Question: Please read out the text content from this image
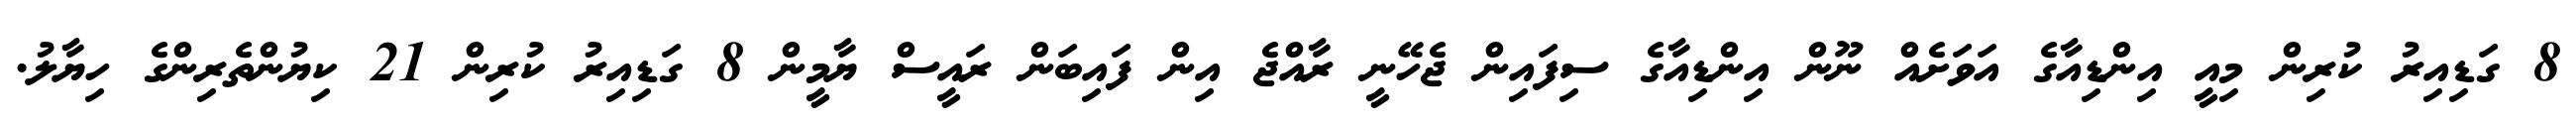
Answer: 8 ގަޑިއިރު ކުރިން މިއީ އިންޑިއާގެ އަވަށެއް ނޫން އިންޑިއާގެ ސިފައިން ޖެހޭނީ ރާއްޖެ އިން ފައިބަން ރައީސް ޔާމީން 8 ގަޑިއިރު ކުރިން 21 ކިޔުންތެރިންގެ ހިޔާލު.